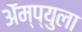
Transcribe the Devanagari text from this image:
ॲेम्प्युला